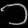
Digit: ၁